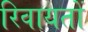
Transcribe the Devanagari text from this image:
रिवायतों